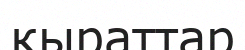
кыраттар